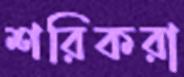
শরিকরা